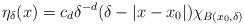
LaTeX: \begin{align*}\eta_\delta (x) = c_d \delta^{-d} (\delta - |x-x_0|)\chi_{B(x_0,\delta)}\end{align*}